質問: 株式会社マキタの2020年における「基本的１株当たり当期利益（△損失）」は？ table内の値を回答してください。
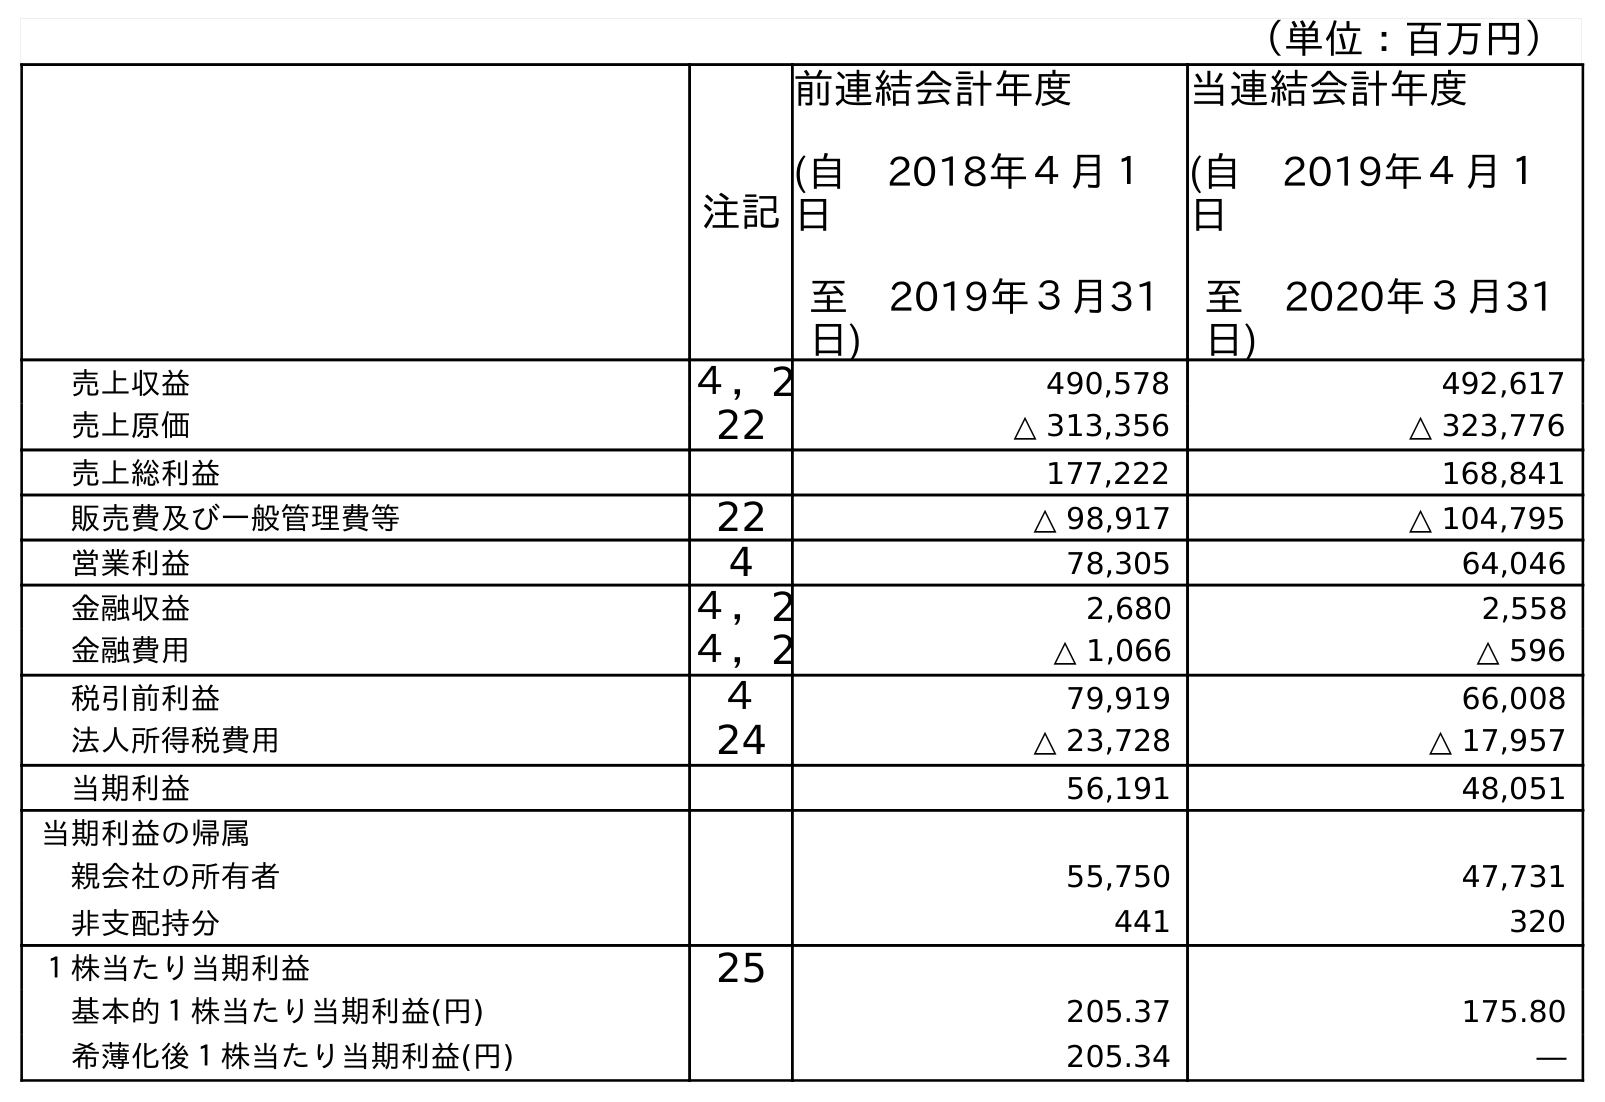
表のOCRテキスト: （単位：百万円） 注記 前連結会計年度 (自 2018年４月１ 日 至 2019年３月31 日) 当連結会計年度 (自 2019年４月１ 日 至 2020年３月31 日) 売上収益 ４，2 490,578 492,617 売上原価 22 △ 313,356 △ 323,776 売上総利益 177,222 168,841 販売費及び一般管理費等 22 △ 98,917 △ 104,795 営業利益 4 78,305 64,046 金融収益 ４，2 2,680 2,558 金融費用 ４，2 △ 1,066 △ 596 税引前利益 ４ 79,919 66,008 法人所得税費用 24 △ 23,728 △ 17,957 当期利益 56,191 48,051 当期利益の帰属 親会社の所有者 55,750 47,731 非支配持分 441 320 １株当たり当期利益 25 基本的１株当たり当期利益(円) 205.37 175.80 希薄化後１株当たり当期利益(円) 205.34 ―
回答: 175.80